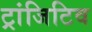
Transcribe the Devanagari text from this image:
ट्रांजिटिव